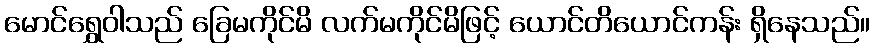
မောင်ရွှေဝါသည် ခြေမကိုင်မိ လက်မကိုင်မိဖြင့် ယောင်တိယောင်ကန်း ရှိနေသည်။